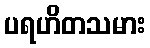
ပရဟိတသမား